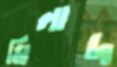
মিলাদ